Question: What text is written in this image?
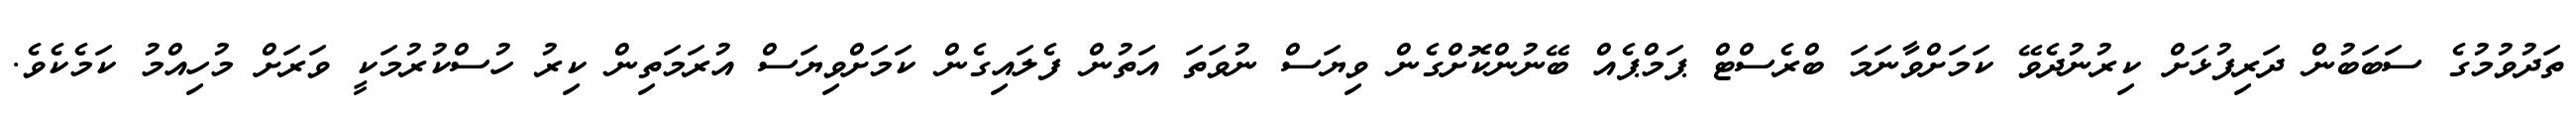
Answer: ތަދުވުމުގެ ސަބަބުން ދަރިފުޅަށް ކިރުނުދެވޭ ކަމަށްވާނަމަ ބްރެސްޓް ޕަމްޕެއް ބޭނުންކޮށްގެން ވިޔަސް ނުވަތަ އަތުން ފެލައިގެން ކަމަށްވިޔަސް އުރަމަތިން ކިރު ހުސްކުރުމަކީ ވަރަށް މުހިއްމު ކަމެކެވެ.